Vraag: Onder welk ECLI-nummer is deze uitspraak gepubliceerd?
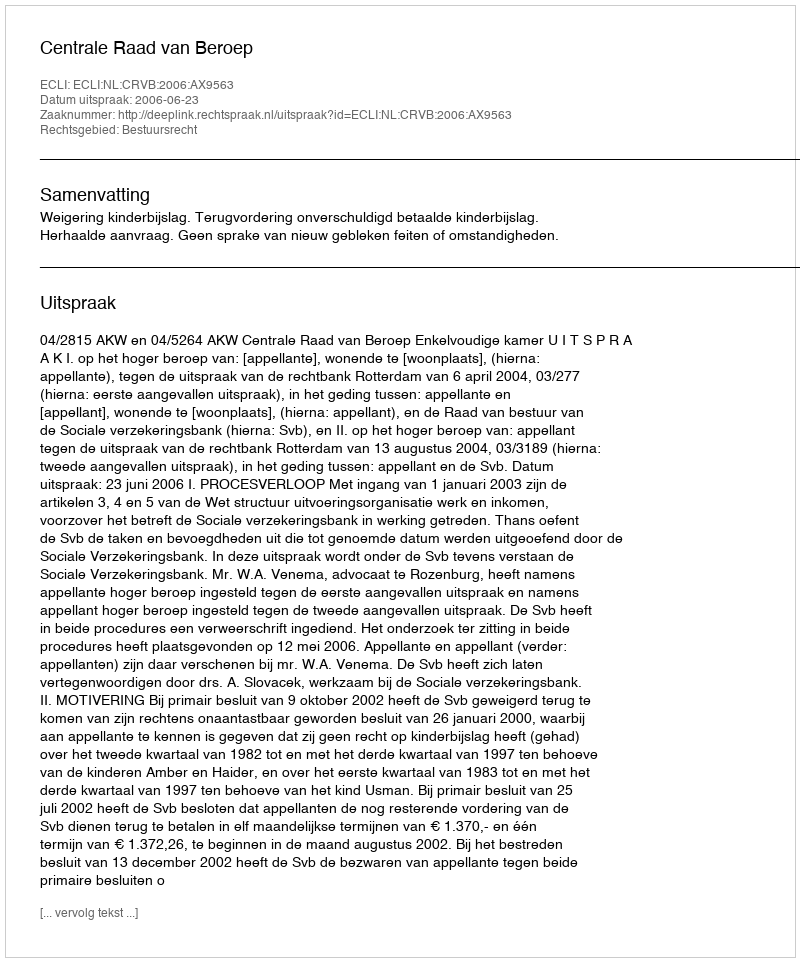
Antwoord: ECLI:NL:CRVB:2006:AX9563